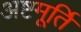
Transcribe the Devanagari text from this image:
अष्टमूर्ति